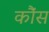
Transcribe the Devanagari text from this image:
कौंस